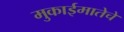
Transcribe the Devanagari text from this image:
मुकाईमातेचे